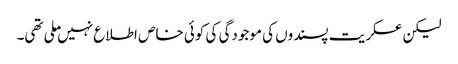
لیکن عسکریت پسندوں کی موجودگی کی کوئی خاص اطلاع نہیں ملی تھی۔